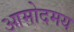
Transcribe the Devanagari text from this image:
आमोदमय